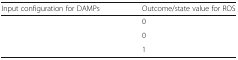
<table><thead><tr><td><b>Input configuration for DAMPs</b></td><td><b>Outcome/state value for ROS</b></td></tr></thead><tbody><tr><td>[EMPTY_CELL]</td><td>0</td></tr><tr><td>[EMPTY_CELL]</td><td>0</td></tr><tr><td>[EMPTY_CELL]</td><td>1</td></tr></tbody></table>